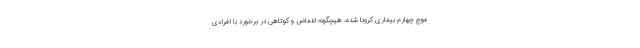
موج چهارم بیماری کرونا شده، هیچگونه اغماض و کوتاهی در برخورد با افرادی